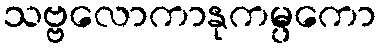
သဗ္ဗလောကာနုကမ္ပကော